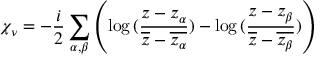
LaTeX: \chi _ { \nu } = - \frac { i } { 2 } \sum _ { \alpha , \beta } \left( \log { ( \frac { z - z _ { \alpha } } { \overline { { { z } } } - \overline { { { z _ { \alpha } } } } } ) } - \log { ( \frac { z - z _ { \beta } } { \overline { { { z } } } - \overline { { { z _ { \beta } } } } } ) } \right)